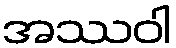
အဿဝါ